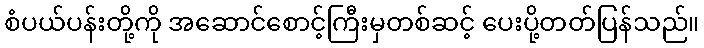
စံပယ်ပန်းတို့ကို အဆောင်စောင့်ကြီးမှတစ်ဆင့် ပေးပို့တတ်ပြန်သည်။